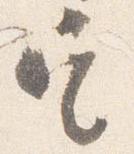
定